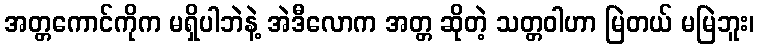
အတ္တကောင်ကိုက မရှိပါဘဲနဲ့ အဲဒီလောက အတ္တ ဆိုတဲ့ သတ္တဝါဟာ မြဲတယ် မမြဲဘူး၊